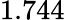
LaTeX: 1.744